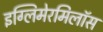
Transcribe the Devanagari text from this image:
इग्लिमेरमिलॉस